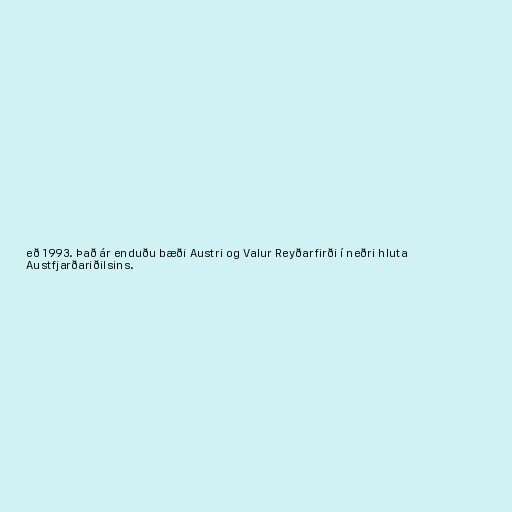
eð 1993. Það ár enduðu bæði Austri og Valur Reyðarfirði í neðri hluta
Austfjarðariðilsins.